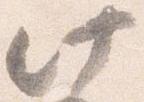
此